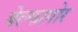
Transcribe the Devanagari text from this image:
बेल्फागोर